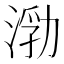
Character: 𰜙